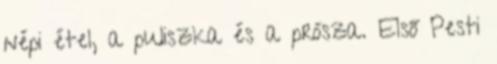
népi étel, a puliszka és a prósza. Első Pesti